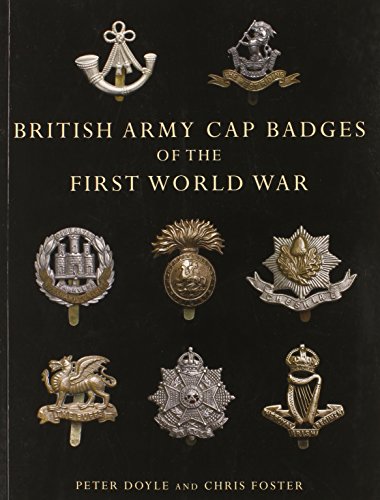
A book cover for British Army Cap Badges of the First World War (Shire Collections); Peter Doyle; Crafts, Hobbies & Home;